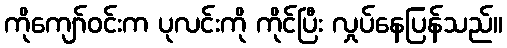
ကိုကျော်ဝင်းက ပုလင်းကို ကိုင်ပြီး လှုပ်နေပြန်သည်။